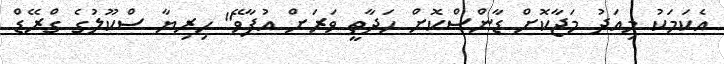
އެކަމަކު މިއަދު މަޖާކޮށް ޑާންސްކޮށް ހަދާތީ ވަރަށް އުފާވޭ" ހިރިޔާ ސްކޫލުގެ ގްރޭޑް